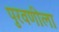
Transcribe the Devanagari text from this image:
पुरवणीला